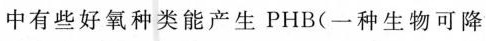
中有些好氧种类能产生PHB(一种生物可降